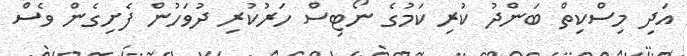
އަދި މިސްކިތް ބަންދު ކުރި ކަމުގެ ނޯޓިސް ހަރުކުރި ދުވަހުން ފެށިގެން ވެސް